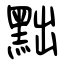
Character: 黜